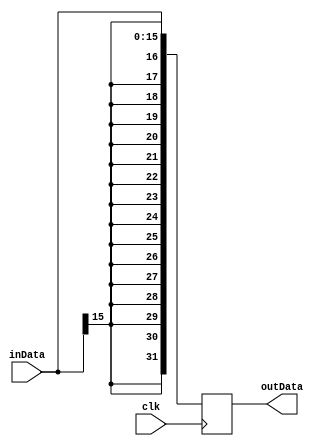
module SignExtender_16to32(clk,outData,inData);
  input clk;
  input[15:0] inData;
  output[31:0] outData;
  reg [31:0] outData;

  always@(posedge clk)
    begin

      outData[15:0]  = inData[15:0];
      outData[31:16] = {16{inData[15]}};

    end
endmodule


// module test12();
//
// reg[15:0] inData;
// wire[31:0] outData;
//
//
// initial begin
// inData=16'd5323;
// #10 $display("the inData is:%b outData is:%b",inData,outData);
//
// inData=0 - 16'd323;
// #10 $display("the inData is:%b outData is:%b",inData,outData);
// end
//
// SignExtender_16to32 testing(clk,outData,inData);
//
// endmodule